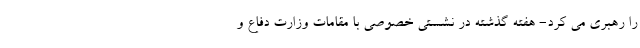
را رهبری می کرد- هفته گذشته در نشستی خصوصی با مقامات وزارت دفاع و